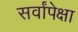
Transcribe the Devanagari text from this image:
सर्वांपेक्षा